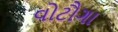
વોટૌગા